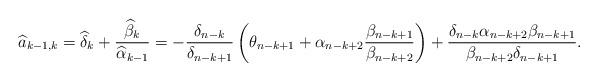
LaTeX: \begin{align*}\widehat a_{k-1,k} = \widehat \delta_k + \frac{\widehat \beta_k}{\widehat\alpha_{k-1}} = -\frac{\delta_{n-k}}{\delta_{n-k+1}}\left(\theta_{n-k+1} + \alpha_{n-k+2}\frac{\beta_{n-k+1}}{\beta_{n-k+2}}\right) + \frac{\delta_{n-k}\alpha_{n-k+2}\beta_{n-k+1}}{\beta_{n-k+2}\delta_{n-k+1}}.\end{align*}